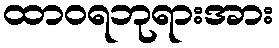
ထာဝရဘုရားအား